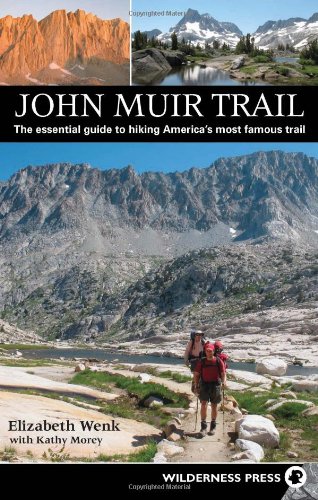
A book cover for John Muir Trail: The essential guide to hiking America's most famous trail; Elizabeth Wenk; Health, Fitness & Dieting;